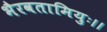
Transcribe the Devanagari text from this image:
भैरवतामियुः।।